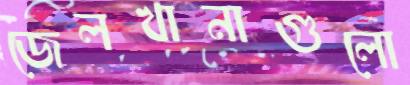
জেলখানাগুলো